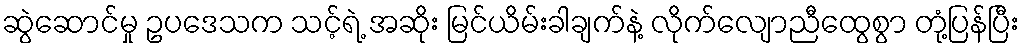
ဆွဲဆောင်မှု ဥပဒေသက သင့်ရဲ့ အဆိုး မြင်ယိမ်းခါချက်နဲ့ လိုက်လျောညီထွေစွာ တုံ့ပြန်ပြီး